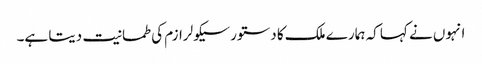
انہوں نے کہا کہ ہمارے ملک کا دستور سیکولرازم کی طمانیت دیتا ہے۔